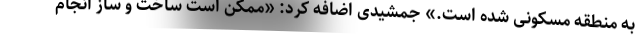
به منطقه مسکونی شده است.» جمشیدی اضافه کرد: «ممکن است ساخت و ساز انجام